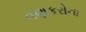
વણકરોના